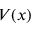
V ( x )